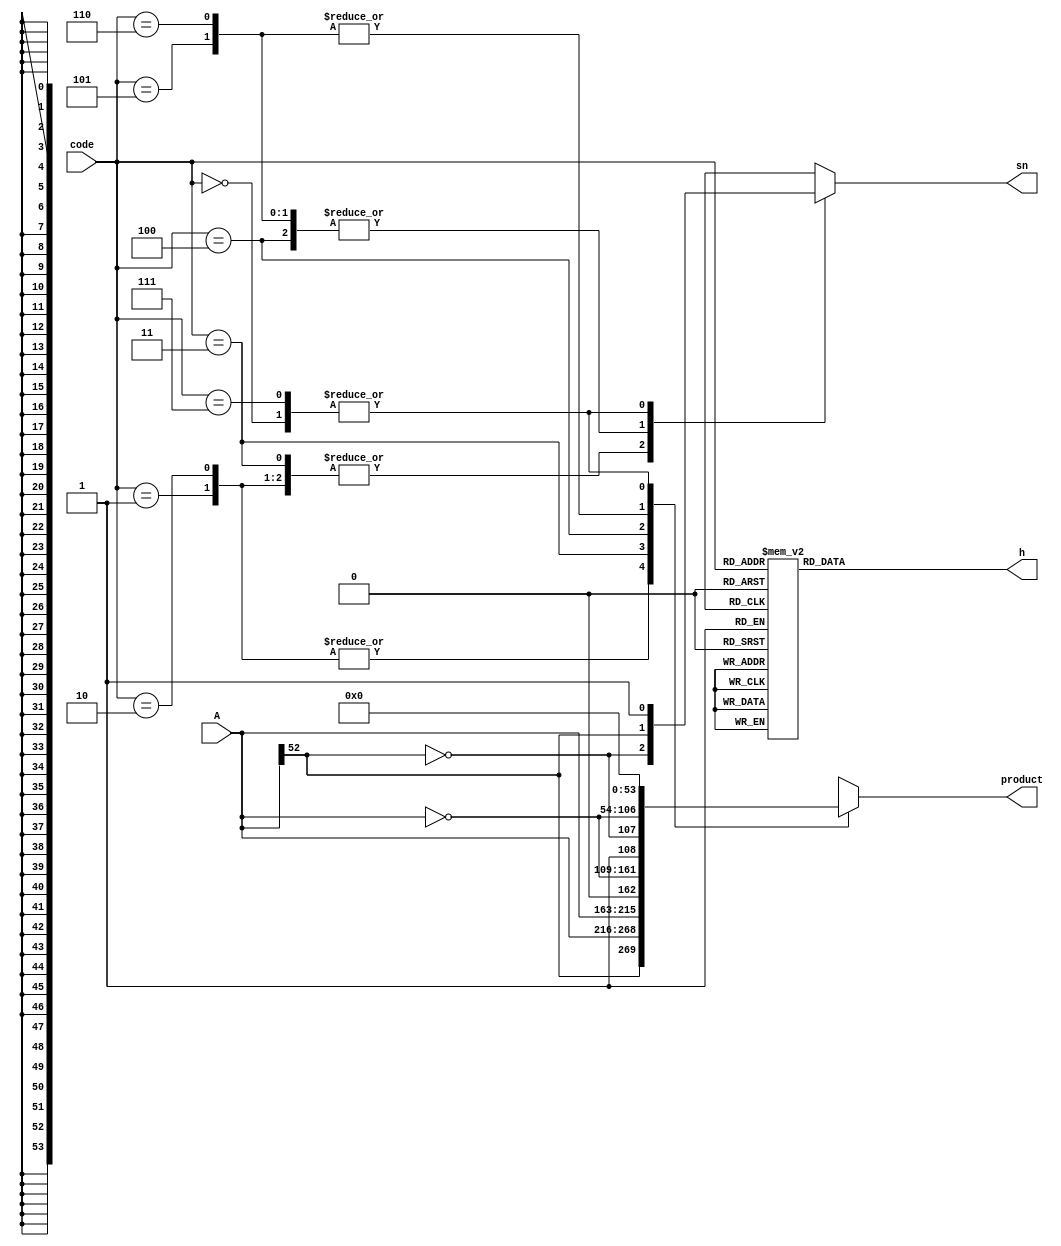
/*Copyright 2019-2021 T-Head Semiconductor Co., Ltd.

Licensed under the Apache License, Version 2.0 (the "License");
you may not use this file except in compliance with the License.
You may obtain a copy of the License at

    http://www.apache.org/licenses/LICENSE-2.0

Unless required by applicable law or agreed to in writing, software
distributed under the License is distributed on an "AS IS" BASIS,
WITHOUT WARRANTIES OR CONDITIONS OF ANY KIND, either express or implied.
See the License for the specific language governing permissions and
limitations under the License.
*/

//================================================================
// Booth Code
//================================================================

module booth_code(
A,       // mulitplicand
code,    // booth code
product, // partial product
h,      
sn       // partial_sign
);
parameter B_SIZE = 53;

input  [B_SIZE-1:0] A;
input  [ 2:0] code;
output [B_SIZE:0] product;
output [ 1:0] h;
output        sn;

reg    [B_SIZE:0] product;
reg    [ 1:0] h;
reg           sn;

wire A_sign;

assign A_sign = A[B_SIZE-1]; 

always @(A[B_SIZE-1:0]
      or code[2:0]
      or A_sign) 
begin
  case(code[2:0])
    3'b000 : product[B_SIZE:0] = {B_SIZE+1{1'b0}};
    3'b001 : product[B_SIZE:0] = { A_sign       , A[B_SIZE-1:0]};
    3'b010 : product[B_SIZE:0] = { A_sign       , A[B_SIZE-1:0]};
    3'b011 : product[B_SIZE:0] = { A[B_SIZE-1:0],1'b0          };
    3'b100 : product[B_SIZE:0] = {~A[B_SIZE-1:0],1'b1          };
    3'b101 : product[B_SIZE:0] = { ~A_sign      ,~A[B_SIZE-1:0]};
    3'b110 : product[B_SIZE:0] = { ~A_sign      ,~A[B_SIZE-1:0]};
    3'b111 : product[B_SIZE:0] = {B_SIZE+1{1'b0}};
    default: product[B_SIZE:0] = {B_SIZE+1{1'bx}};
  endcase
end

always @(code[2:0]
      or A_sign)
begin
  case(code[2:0])
    3'b000 : sn =  1'b1;
    3'b001 : sn = ~A_sign;
    3'b010 : sn = ~A_sign;
    3'b011 : sn = ~A_sign;
    3'b100 : sn =  A_sign;
    3'b101 : sn =  A_sign;
    3'b110 : sn =  A_sign;
    3'b111 : sn =  1'b1;
  endcase
end

always @(code[2:0]) 
begin
  case(code[2:0])
    3'b000 : h[1:0] = 2'b00;
    3'b001 : h[1:0] = 2'b00;
    3'b010 : h[1:0] = 2'b00;
    3'b011 : h[1:0] = 2'b00;
    3'b100 : h[1:0] = 2'b01;
    3'b101 : h[1:0] = 2'b01;
    3'b110 : h[1:0] = 2'b01;
    3'b111 : h[1:0] = 2'b00;
    default: h[1:0] = {2{1'bx}};
  endcase
end

endmodule